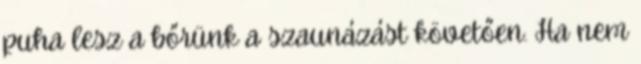
puha lesz a bőrünk a szaunázást követően. Ha nem